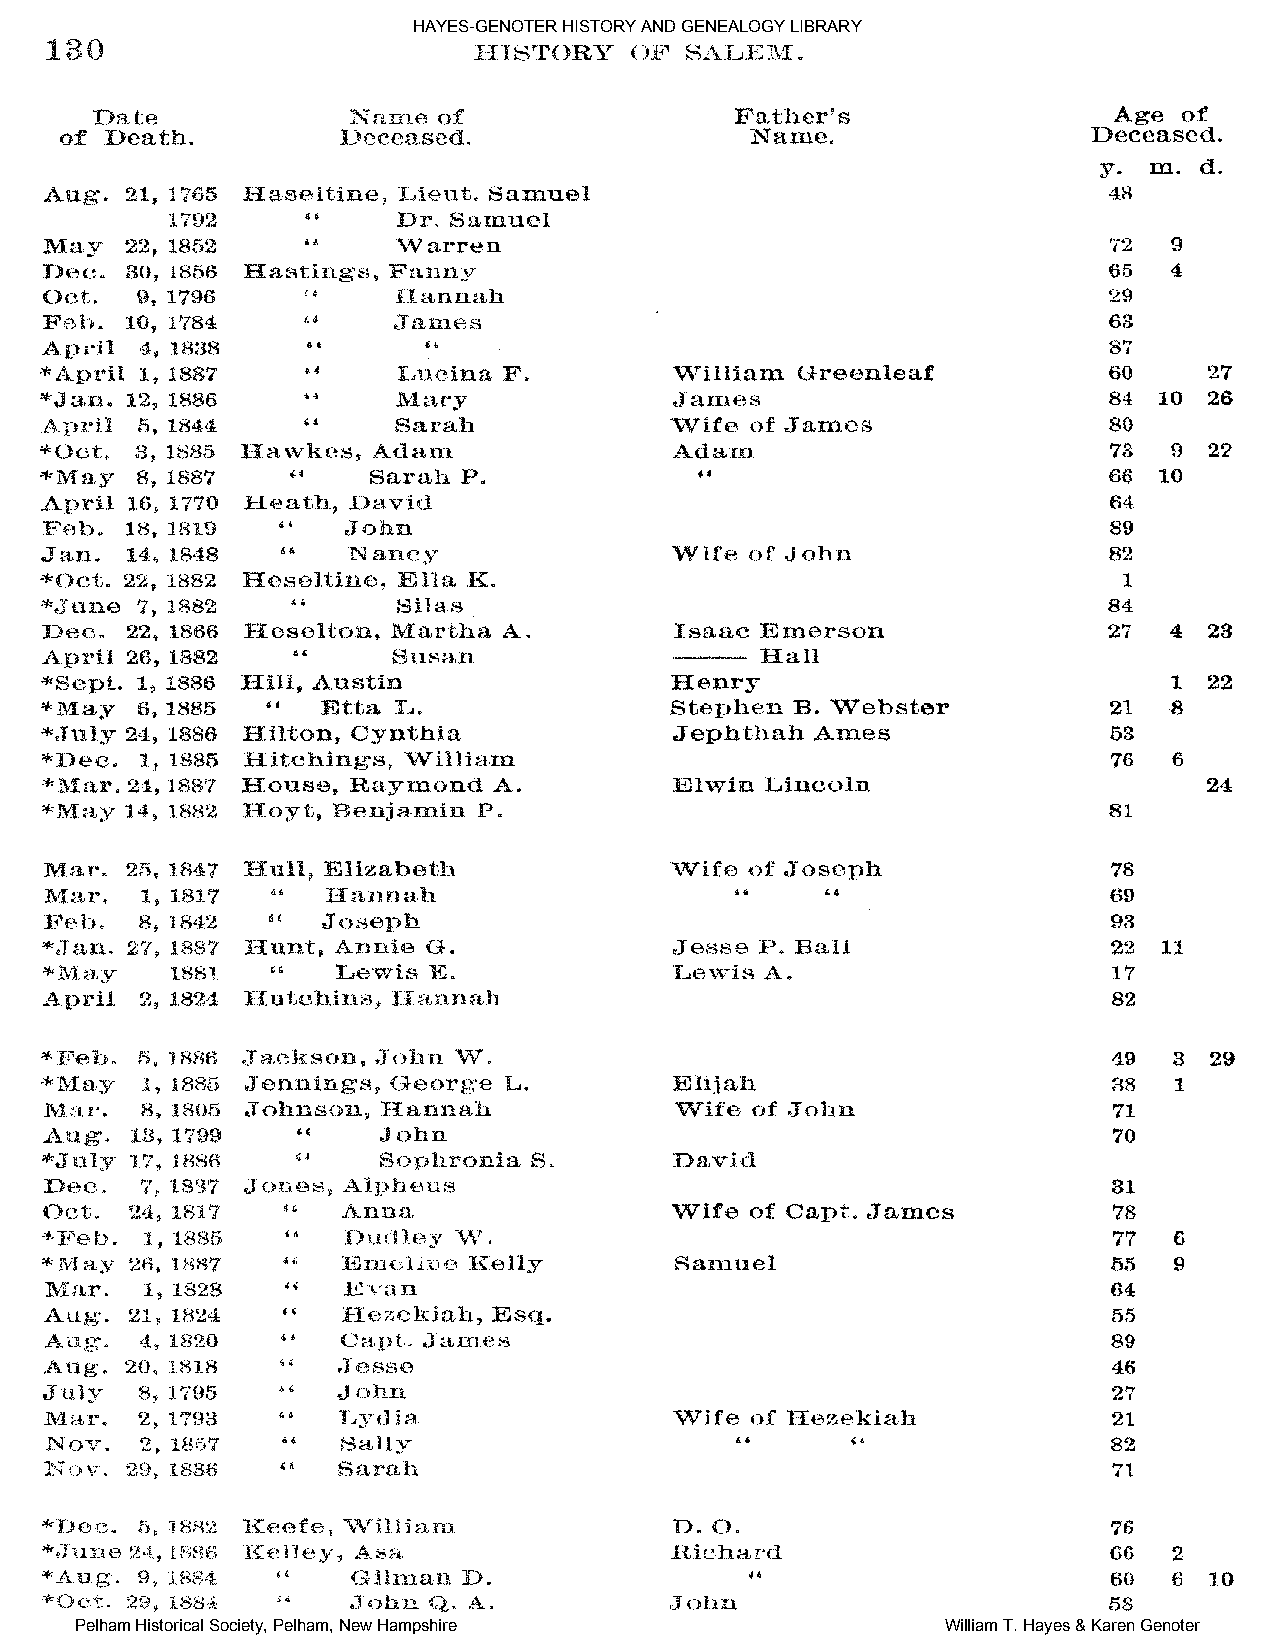
HAYES-GENOTER HISTORY AND GENEALOGY LIBRARY
 Pelham Historical Society, Pelham, New Hampshire          William T. Hayes & Karen Genoter